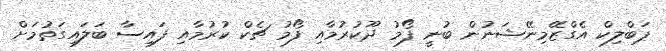
ޕަބްލިކް އެގްޒޭމިނޭޝަނުން ބުނީ ފޯމު ދޫކުރުމާއި ފޯމު ޗެކް ކުރުމާއި ފައިސާ ބަލައިގަތުމަށް